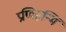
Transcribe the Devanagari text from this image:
प्रणिहन्मि